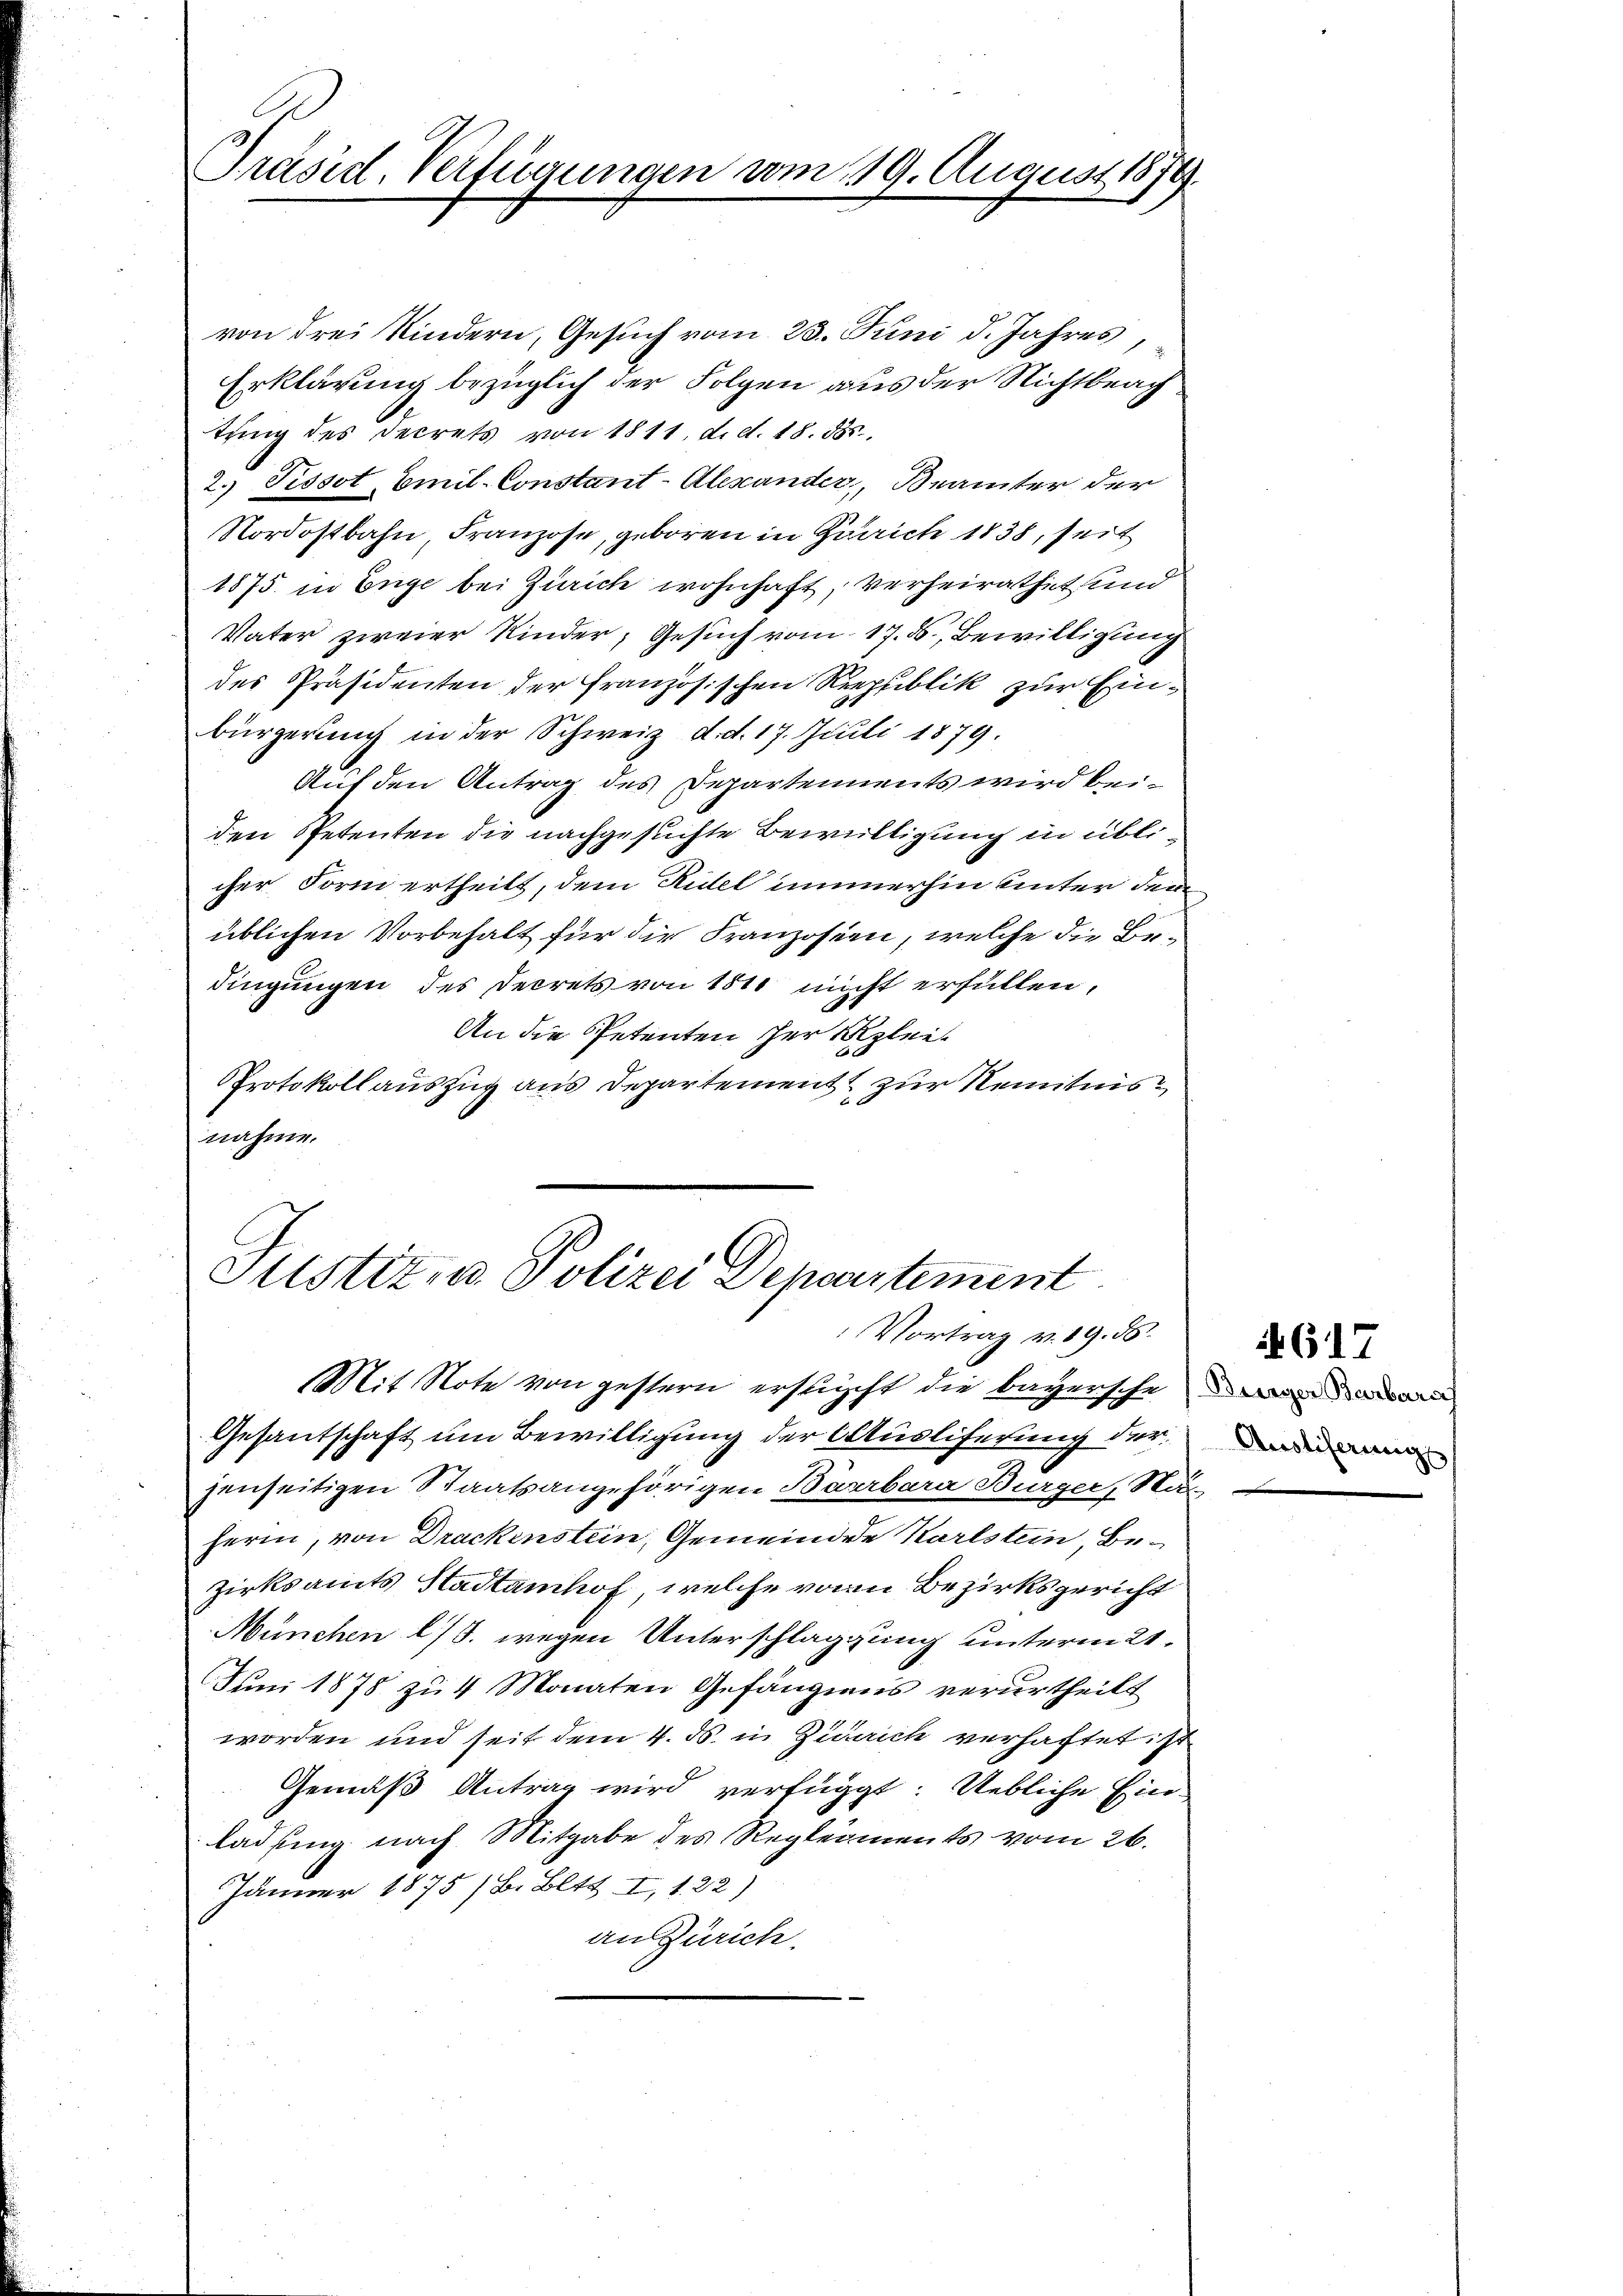
Präsid. Verfügungen vom 19. August 1874.

von drei Kindern, Gesuch vom 23. Juni d. Jahres
Erklärung bezüglich der Folgen aus der Nichtbeach
tŭng des Decrets von 1811. d. d. 18. 555.
2. Pissot Emil-Constant-Alexander, Beamter der
Nordostbahn Franzose, geboren in Quarich 1838, seit
1875. in Enge bei Zürich wohnhaft, verheirathet und
Vater zweier Kinder, Gesuch vom 17. 5. Bewilligung
des Präsidenten der Französischen Republik zur Einbürgerung in der Schweiz d. d. 17. Juli 1879.
Auf den Antrag des Departements wird beiden Petenten die nachgesuchte Bewilligung in üblicher Form ertheilt, dem Ridel immerhin unter dem
üblichen Vorbehalt für die Franzosien, welche die Bedingungen des Decrets von 1810 nicht erfüllen,
An die Petenten der Klei¬
Protokollauszug aus Departement zur Kenntnis
nahme.

Justiz- u Polizei Departement
Vortrag v. 19. ds.
Mit Note von gestern ersucht die bayerschei

Gesantschaft um Bewilligung der Ausliferung der
jenseitigen Staatsangehörigen Baarbara Burger, Mu
herin, von Drackenstein, Gemeinden Karlstein, Bezirksamts Stadtamhof, welche von Bezirksgericht
München l/5. wegen Unterschlaggung unterm 21.
Juni 1878 zu 4 Monaten Gefängnis verurtheilt
worden und seit dem 4. ds. in Zürich verhaftet ist
Gemäß Antrag wird verfügt: Uebliche Ein-
ladung nach Mitgabe des Regleiments vom 26.
Jänner 1875 /B. Bett. I, 122)
an Zürich.

Austiferungs

G17